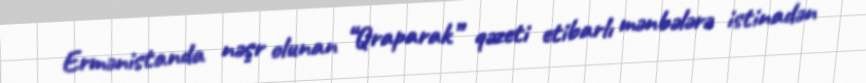
Ermənistanda nəşr olunan “Qraparak” qəzeti etibarlı mənbələrə istinadən